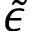
\tilde { \epsilon }